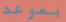
بموعد